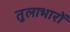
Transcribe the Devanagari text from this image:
तुलाभारों